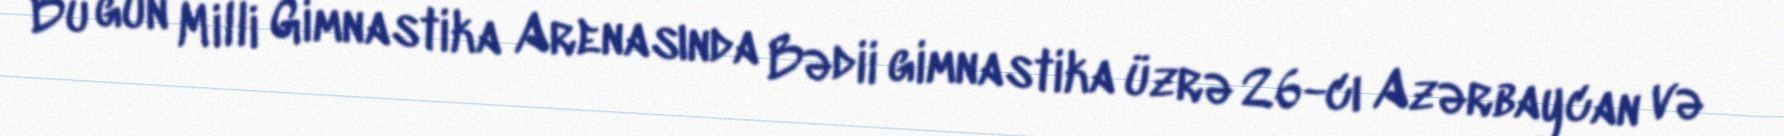
Bu gün Milli Gimnastika Arenasında Bədii gimnastika üzrə 26-cı Azərbaycan və